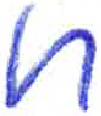
אות: ח